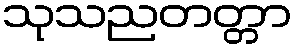
သုသညတတ္တာ